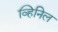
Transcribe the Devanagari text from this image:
व्हिनिल